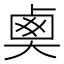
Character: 𡙏